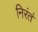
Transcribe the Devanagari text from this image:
निरंतं